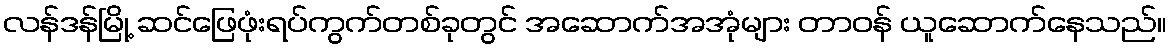
လန်ဒန်မြို့ ဆင်ဖြေဖုံးရပ်ကွက်တစ်ခုတွင် အဆောက်အအုံများ တာဝန် ယူဆောက်နေသည်။